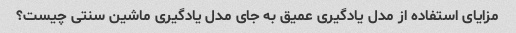
مزایای استفاده از مدل یادگیری عمیق به جای مدل یادگیری ماشین سنتی چیست؟